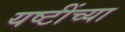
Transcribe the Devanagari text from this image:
यष्टींच्या